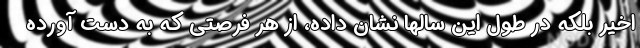
اخیر بلکه در طول این سالها نشان داده، از هر فرصتی که به دست آورده